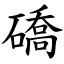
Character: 礄